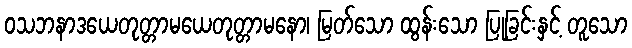
ဝသဘနာဒယေတုတ္တာမယေတုတ္တာမနော၊ မြတ်သော ထွန်းသော ပြုခြင်းနှင့် တူသော